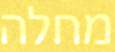
מחלה